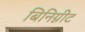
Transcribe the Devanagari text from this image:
बिनिग्नीट